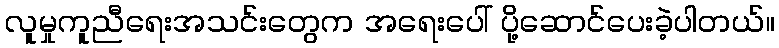
လူမှုကူညီရေးအသင်းတွေက အရေးပေါ် ပို့ဆောင်ပေးခဲ့ပါတယ်။